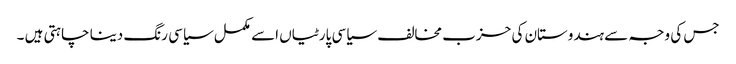
جس کی وجہ سے ہندوستان کی حزب مخالف سیاسی پارٹیاں اسے مکمل سیاسی رنگ دینا چاہتی ہیں ۔